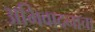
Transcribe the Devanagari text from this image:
अभिवादनाचा